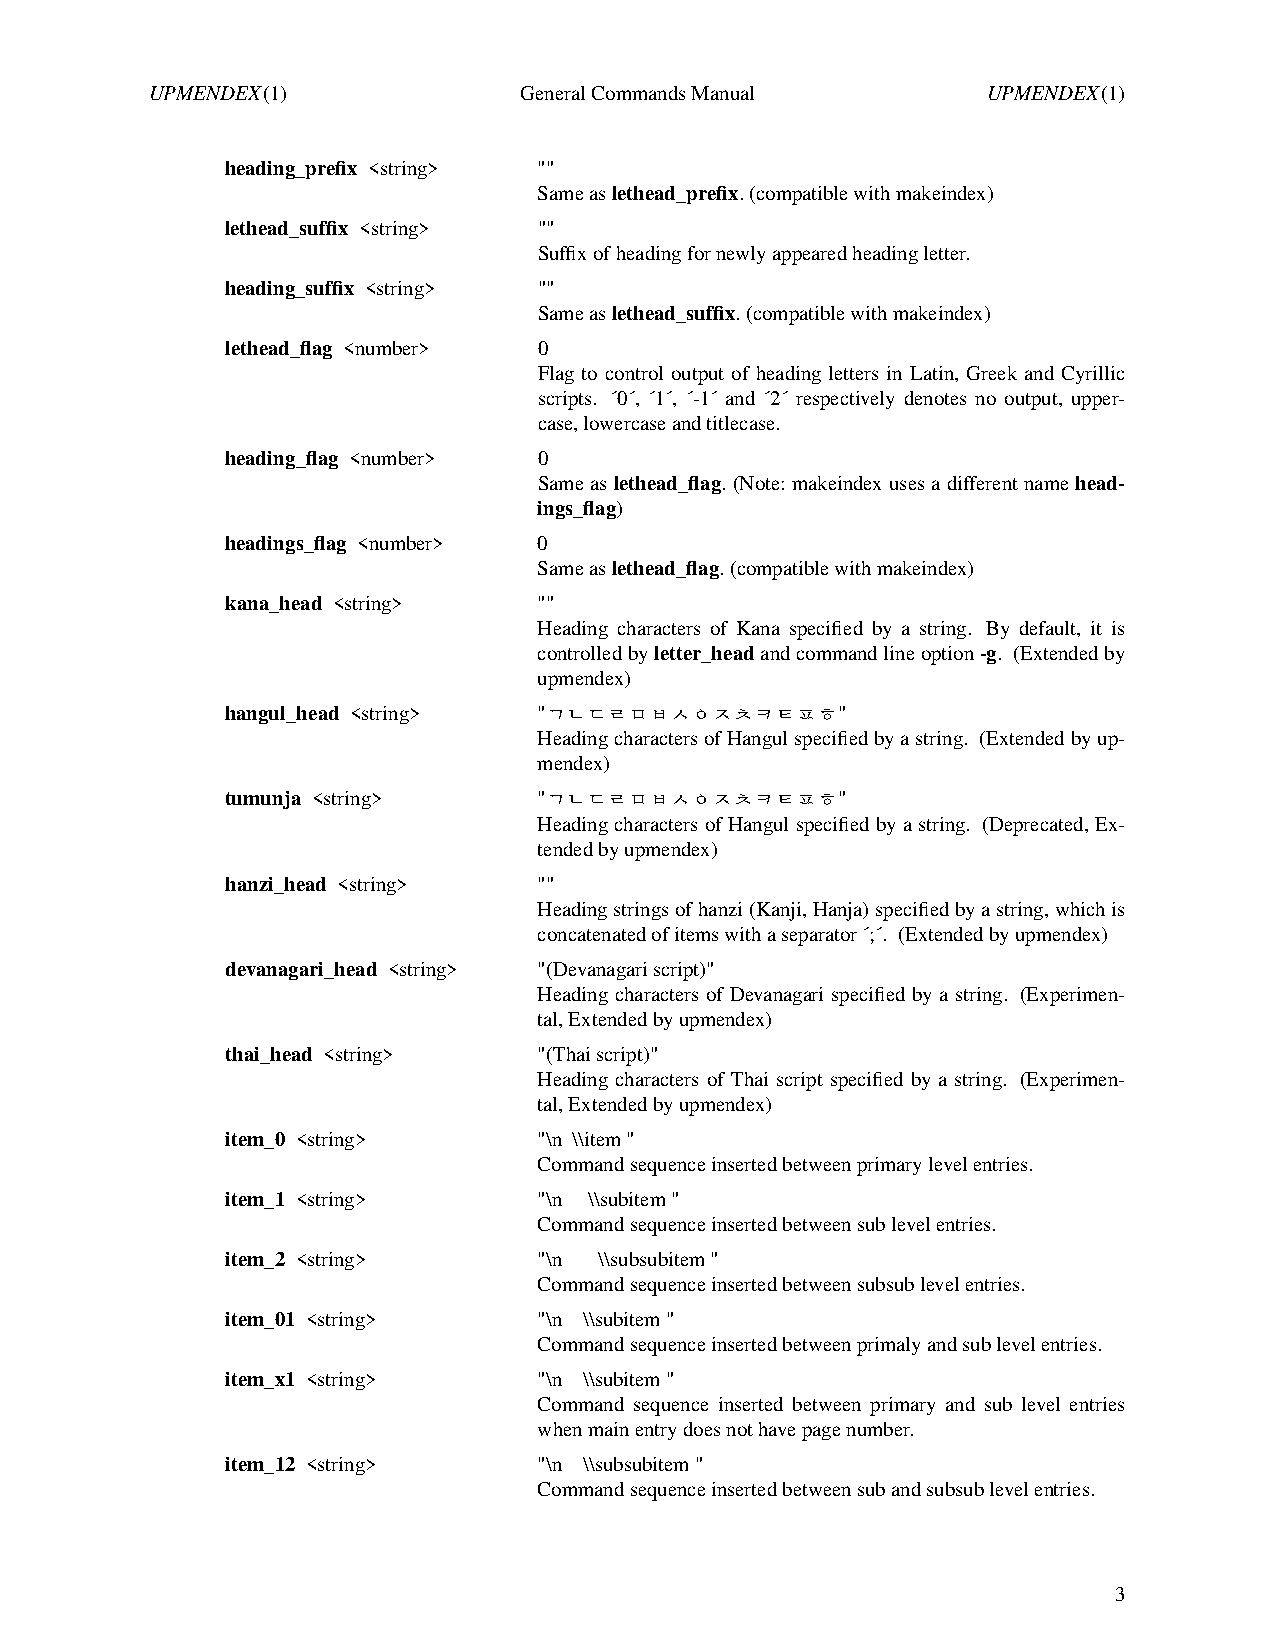
UPMENDEX(1)             GeneralCommands Manual         UPMENDEX(1)
 heading_prefix <string> ""
 Same aslethead_prefix.(compatible with makeindex)
 lethead_suffix <string> ""
 Suffix of heading for newly appeared heading letter.
 heading_suffix <string> ""
 Same aslethead_suffix.(compatible with makeindex)
 lethead_flag <number> 0
 Flag to control output of heading letters in Latin, Greek and Cyrillic
 scripts. ´0´, ´1´, ´-1´ and ´2´ respectively denotes no output, upper-
 case, lowercase and titlecase.
 heading_flag <number> 0
 Same aslethead_flag.(Note: makeindexuses a different namehead-
 ings_flag)
 headings_flag <number> 0
 Same aslethead_flag.(compatible with makeindex)
 kana_head <string>   ""
 Heading characters of Kana specified by a string. By default, it is
 controlled byletter_headand command line option-g. (Extended by
 upmendex)
 hangul_head <string> "ㄱㄴㄷㄹㅁㅂㅅㅇㅈㅊㅋㅌㅍㅎ"
 Heading characters of Hangul specified by a string. (Extended by up-
 mendex)
 tumunja <string>     "ㄱㄴㄷㄹㅁㅂㅅㅇㅈㅊㅋㅌㅍㅎ"
 Heading characters of Hangul specified by a string. (Deprecated, Ex-
 tended by upmendex)
 hanzi_head <string>  ""
 Heading strings of hanzi (Kanji, Hanja) specified by a string, which is
 concatenated of items with a separator ´;´. (Extended by upmendex)
 devanagari_head <string> "(Devanagari script)"
 Heading characters of Devanagari specified by a string. (Experimen-
 tal, Extended by upmendex)
 thai_head <string>   "(Thai script)"
 Heading characters of Thai script specified by a string. (Experimen-
 tal, Extended by upmendex)
 item_0 <string>      "\n \\item"
 Command sequence inserted between primary levelentries.
 item_1 <string>      "\n \\subitem"
 Command sequence inserted between sub levelentries.
 item_2 <string>      "\n \\subsubitem"
 Command sequence inserted between subsub levelentries.
 item_01 <string>     "\n \\subitem"
 Command sequence inserted between primaly and sub levelentries.
 item_x1 <string>     "\n \\subitem"
 Command sequence inserted between primary and sub level entries
 when main entry does not have page number.
 item_12 <string>     "\n \\subsubitem"
 Command sequence inserted between sub and subsub levelentries.
 3